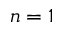
n = 1